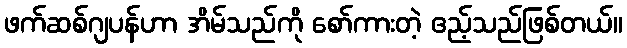
ဖက်ဆစ်ဂျပန်ဟာ အိမ်သည်ကို စော်ကားတဲ့ ဧည့်သည်ဖြစ်တယ်။